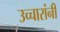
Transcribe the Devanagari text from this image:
उच्चारांनी